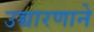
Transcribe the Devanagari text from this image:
उच्चारणाने